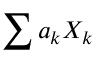
\sum { a _ { k } X _ { k } }